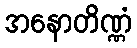
အနောတိဏ္ဏံ